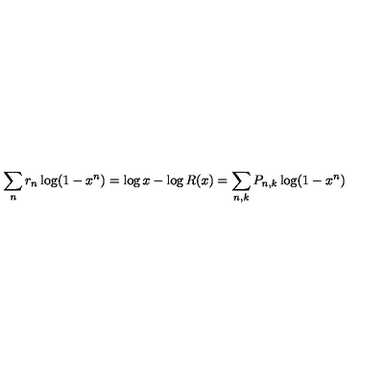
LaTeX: \sum _ { n } r _ { n } \log ( 1 - x ^ { n } ) = \log x - \log R ( x ) = \sum _ { n , k } P _ { n , k } \log ( 1 - x ^ { n } )